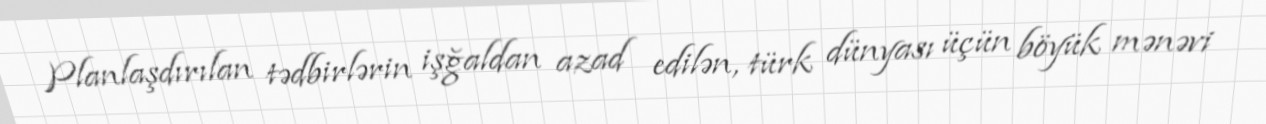
Planlaşdırılan tədbirlərin işğaldan azad edilən, türk dünyası üçün böyük mənəvi